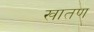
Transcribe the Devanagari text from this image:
खातण